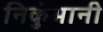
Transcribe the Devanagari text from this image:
निकुंभानी